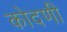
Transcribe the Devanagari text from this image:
कोदणी